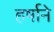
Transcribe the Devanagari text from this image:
हर्षाने